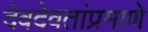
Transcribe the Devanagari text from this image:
देवदेवतांप्रमाणे